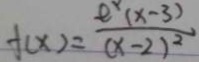
f ( x ) = \frac { e ^ { x } ( x - 3 ) } { ( x - 2 ) ^ { 2 } }